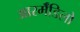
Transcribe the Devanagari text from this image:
आरर्मॅडिलो